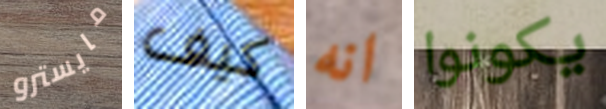
مايسترو كيف انه يكونوا